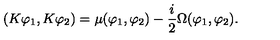
( K \varphi _ { 1 } , K \varphi _ { 2 } ) = \mu ( \varphi _ { 1 } , \varphi _ { 2 } ) - { \frac { i } { 2 } } \Omega ( \varphi _ { 1 } , \varphi _ { 2 } ) .